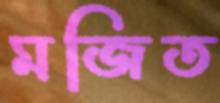
মজিত